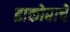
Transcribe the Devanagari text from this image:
ढाकोबाचे